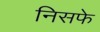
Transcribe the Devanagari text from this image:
निसफे